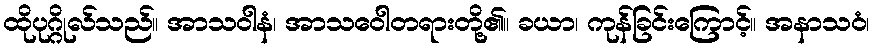
ထိုပုဂ္ဂိုလ်သည်။ အာသဝါနံ၊ အာသဝေါတရားတို့၏။ ခယာ၊ ကုန်ခြင်းကြောင့်။ အနာသဝံ၊